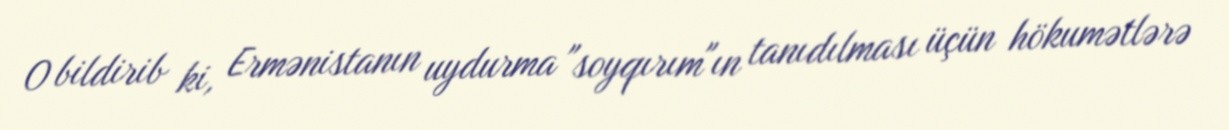
O bildirib ki, Ermənistanın uydurma "soyqırım"ın tanıdılması üçün hökumətlərə